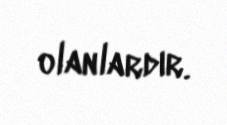
olanlardır.